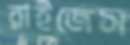
রাইজেস